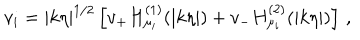
v _ { i } = | k \eta | ^ { 1 / 2 } \left[ v _ { + } H _ { \mu _ { i } } ^ { ( 1 ) } ( | k \eta | ) + v _ { - } H _ { \mu _ { i } } ^ { ( 2 ) } ( | k \eta | ) \right] \, ,